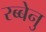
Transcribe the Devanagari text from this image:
रब्बेनु